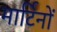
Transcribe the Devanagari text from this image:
मार्टिनों